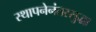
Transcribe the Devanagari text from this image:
स्थापनेनंतरसुद्धा